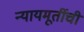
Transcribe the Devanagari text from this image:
न्यायमूर्तीची